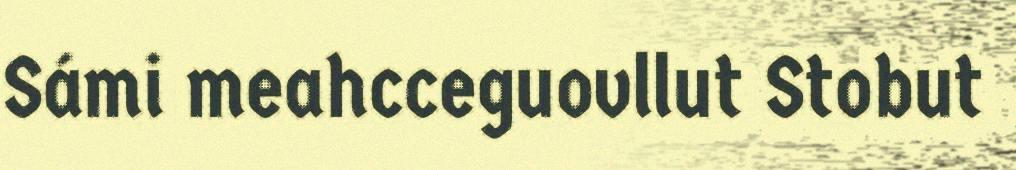
Sámi meahcceguovllut Stobut